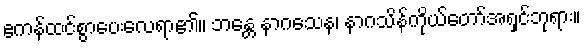
ဧကန်ထင်စွာပေးလေရာ၏။ ဘန္တေ နာဂသေန၊ နာဂသိန်ကိုယ်တော်အရှင်ဘုရား။